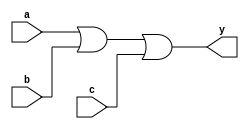
`timescale 1ns / 1ps
//////////////////////////////////////////////////////////////////////////////////
// Module Name: xup_or3
//////////////////////////////////////////////////////////////////////////////////
module xup_or3 #(parameter DELAY = 3)(
    input a,
    input b,
    input c,
    output y
    );
    
    or #DELAY (y,a,b,c);
    
endmodule